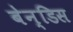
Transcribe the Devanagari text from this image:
बेन्डिस